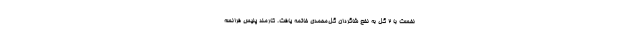
نخست با ۲ گل به نفع شاگردان گل‌محمدی خاتمه یافت. کارمند پلیس فرانسه